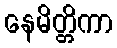
နေမိတ္တိကာ